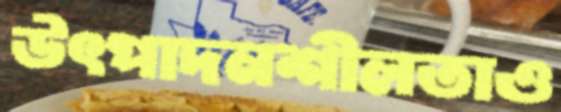
উৎপাদনশীলতাও